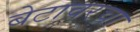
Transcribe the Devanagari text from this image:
बेटावरचा